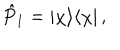
\hat { P } _ { 1 } = | \chi \rangle \langle \chi | \, ,